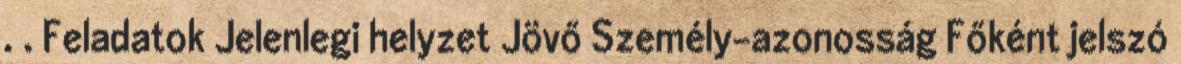
. . Feladatok Jelenlegi helyzet Jövő Személy-azonosság Főként jelszó